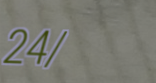
24/7